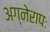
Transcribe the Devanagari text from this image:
अग्नेरापः